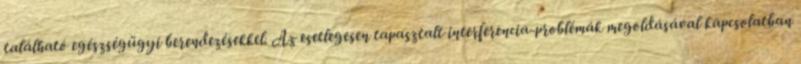
található egészségügyi berendezésekkel. Az esetlegesen tapasztalt interferencia-problémák megoldásával kapcsolatban